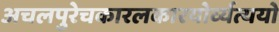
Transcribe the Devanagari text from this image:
अचलपुरेचकारलकारयोर्व्यत्ययो